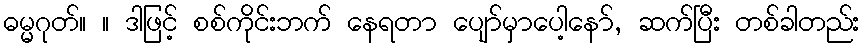
ဓမ္မဂုတ်။ ။ ဒါဖြင့် စစ်ကိုင်းဘက် နေရတာ ပျော်မှာပေါ့နော်, ဆက်ပြီး တစ်ခါတည်း